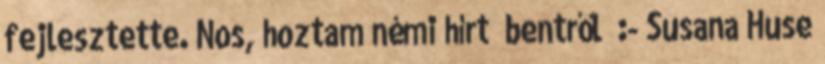
fejlesztette. Nos, hoztam némi hírt “bentről” :- Susana Huse